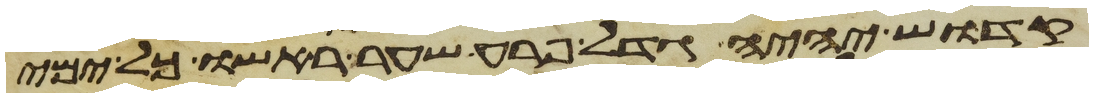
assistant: קדוש יהיה גדל פרע שער ראשו כל ימי